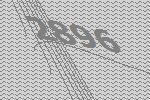
2896